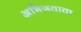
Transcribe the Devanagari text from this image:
अभिजताता